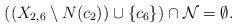
LaTeX: \begin{align*}\mbox{$((X_{2,6}\setminus N(c_2))\cup\{c_6\})\cap {\cal N}=\emptyset$.}\end{align*}